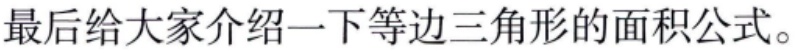
最后给大家介绍一下等边三角形的面积公式。